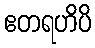
ဧတရဟိပိ